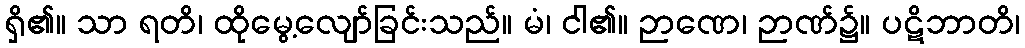
ရှိ၏။ သာ ရတိ၊ ထိုမွေ့လျော်ခြင်းသည်။ မံ၊ ငါ၏။ ဉာဏေ၊ ဉာဏ်၌။ ပဋိဘာတိ၊